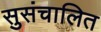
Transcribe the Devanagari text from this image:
सुसंचालित